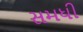
સમધી